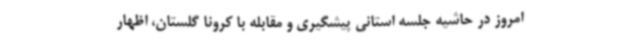
امروز در حاشیه جلسه استانی پیشگیری و مقابله با کرونا گلستان، اظهار